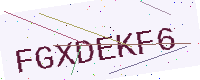
Text: FGXDEKF6